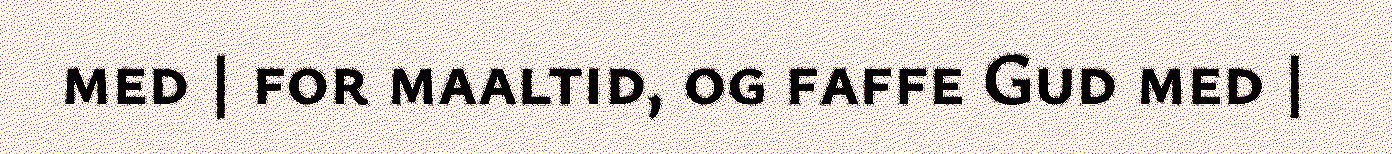
med | for maaltid, og faffe Gud med |